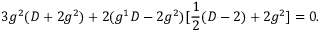
3 g ^ { 2 } ( D + 2 g ^ { 2 } ) + 2 ( g ^ { 1 } D - 2 g ^ { 2 } ) [ \frac { 1 } { 2 } ( D - 2 ) + 2 g ^ { 2 } ] = 0 .